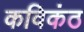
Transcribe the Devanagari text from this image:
कविकंठ